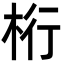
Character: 桁